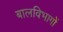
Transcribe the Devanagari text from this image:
बालविभागों